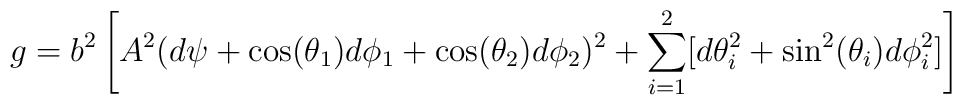
g =b^2 \left[ A^2(d\psi +\cos(\theta_1)d\phi_1 + \cos(\theta_2) d\phi_2)^2+ \sum_{i=1}^2[d\theta_i^2+\sin^2(\theta_i)d\phi_i^2] \right]